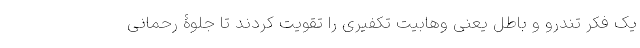
یک فکر تندرو و باطل یعنی وهابیت تکفیری را تقویت کردند تا جلوۀ رحمانی